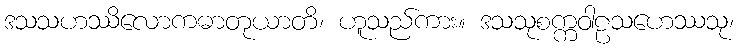
ဒသသဟဿိလောကဓာတုယာတိ၊ ဟူသည်ကား။ ဒသသုစက္ကဝါဠသဟေဿသု၊